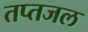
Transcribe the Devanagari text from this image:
तप्तजल